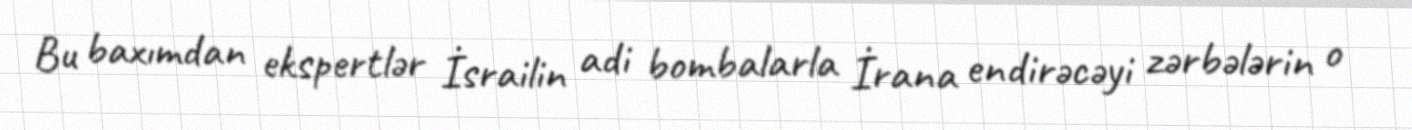
Bu baxımdan ekspertlər İsrailin adi bombalarla İrana endirəcəyi zərbələrin o